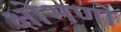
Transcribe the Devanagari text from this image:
क्षोभणो